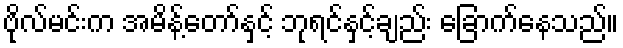
ဗိုလ်မင်းက အမိန့်တော်နှင့် ဘုရင်နှင့်ချည်း ခြောက်နေသည်။